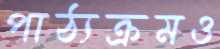
পাঠ্যক্রমও